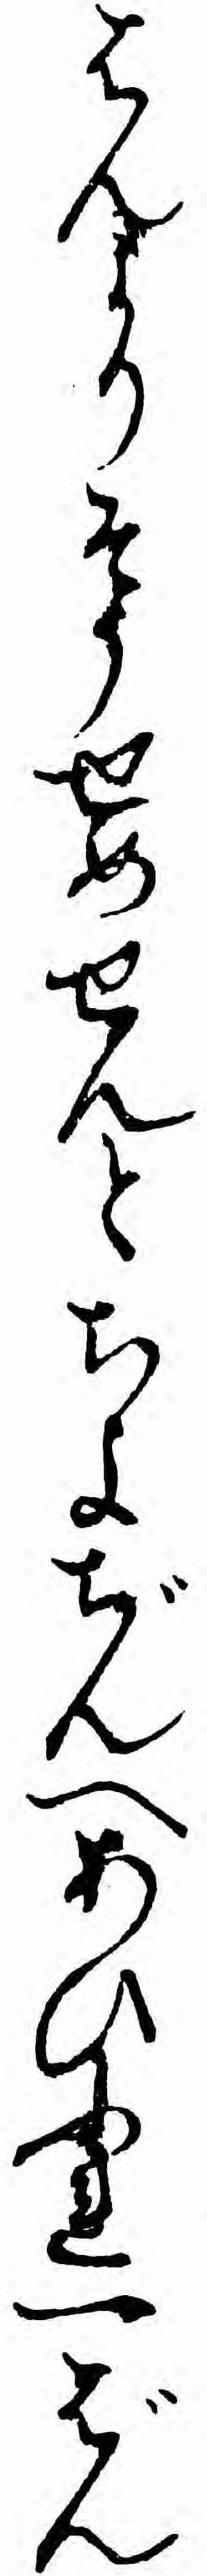
はんよりそうせめせんとちよぢんへあひふれ一ばん